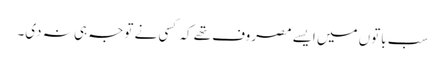
سب باتوں میں ایسے مصروف تھے کہ کسی نے توجہ ہی نہ دی۔